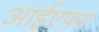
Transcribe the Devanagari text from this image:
आईएफ़ए